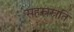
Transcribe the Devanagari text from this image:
सहस्रस्रुति